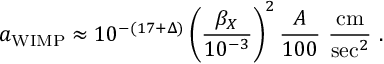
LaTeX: a _ { \mathrm { W I M P } } \approx 1 0 ^ { - ( 1 7 + \Delta ) } \left( \frac { \beta _ { X } } { 1 0 ^ { - 3 } } \right) ^ { 2 } \frac { A } { 1 0 0 } ~ \frac { \mathrm { c m } } { \mathrm { s e c } ^ { 2 } } ~ .